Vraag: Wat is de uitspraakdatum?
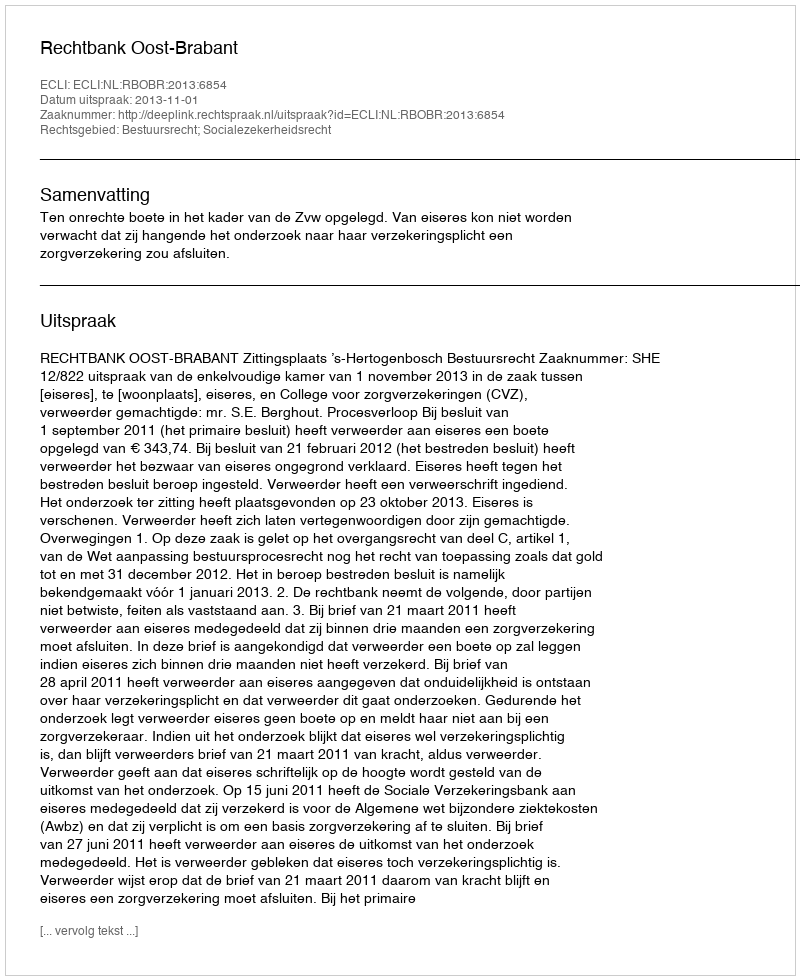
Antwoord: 2013-11-01